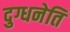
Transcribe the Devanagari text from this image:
दुग्धनेति